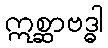
ဣစ္ဆာဗဒ္ဓါ